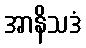
အာနိသဒံ